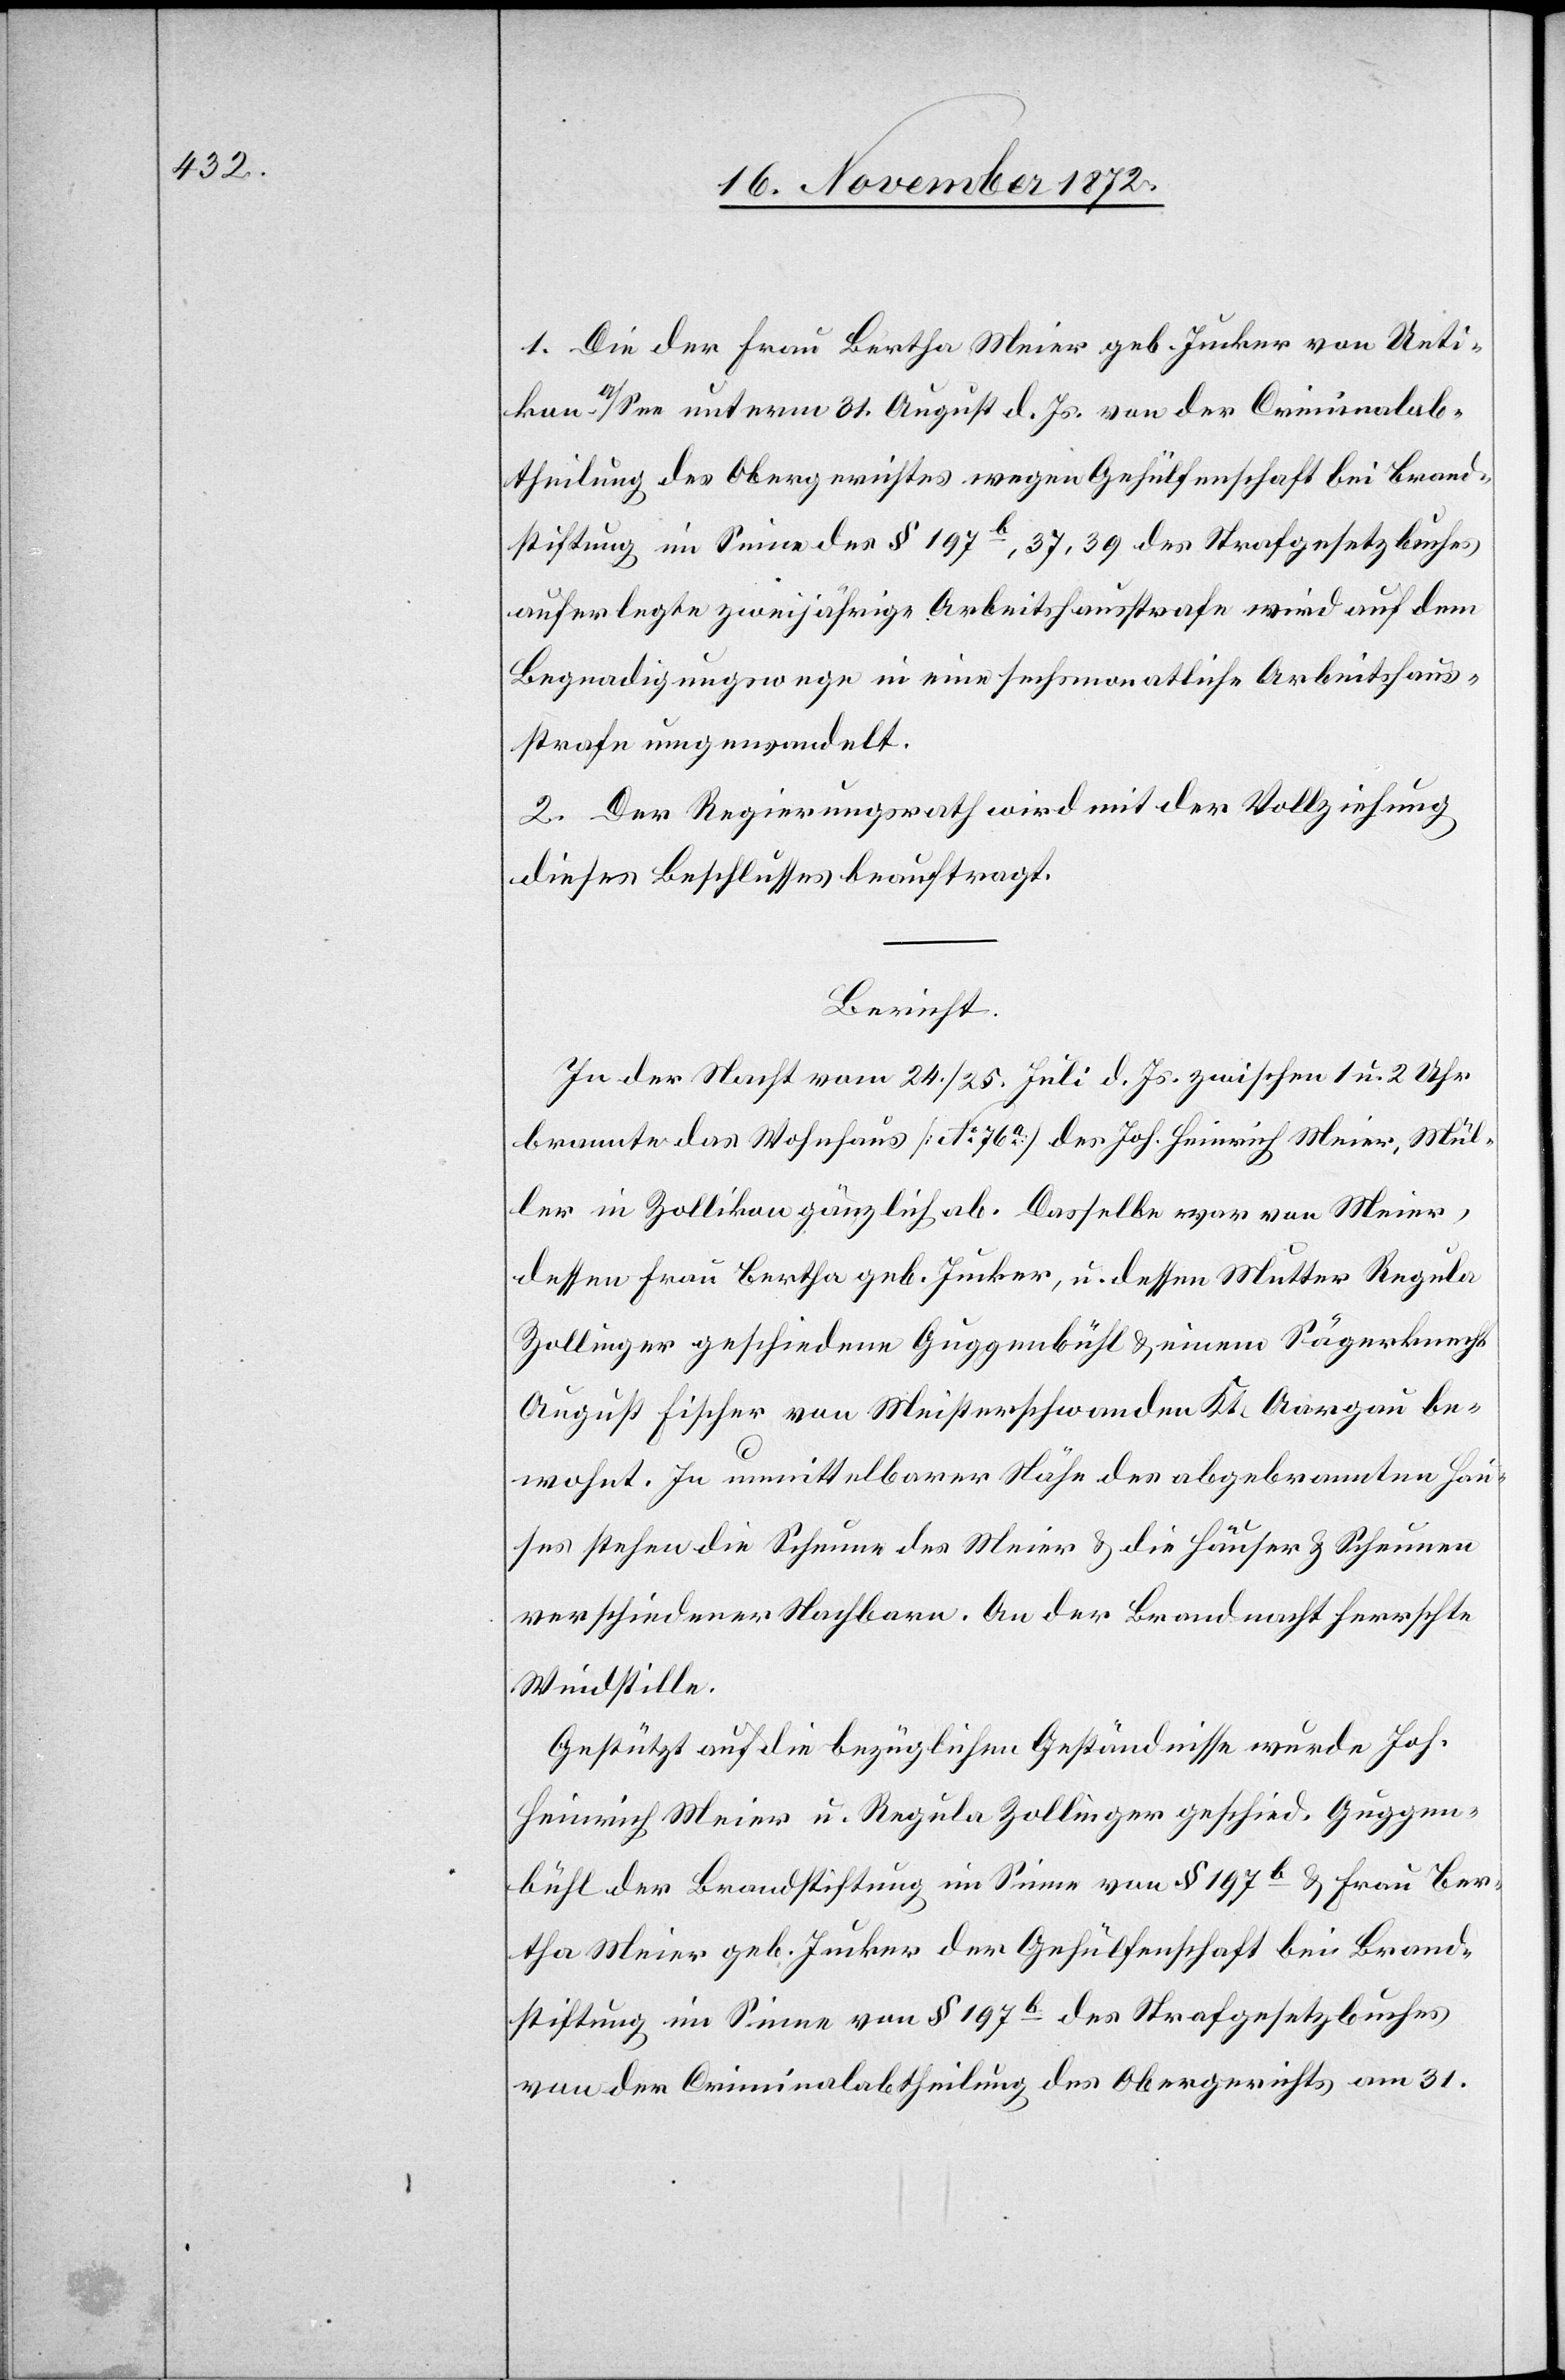
1. Die der Frau Bertha Meier geb. Jucker von Ueti¬
kon a/See unterm 31. August d. Js. von der Criminalab¬
theilung des Obergerichtes wegen Gehülfenschaft bei Brand¬
stiftung im Sinne des § 197b, 37, 39 des Strafgesetzbuches
auferlegte zweijährige Arbeitshausstrafe wird auf dem
Begnadigungswege in eine sechsmonatliche Arbeitshaus¬
strafe umgewandelt.
2. Der Regierungsrath wird mit der Vollziehung
dieses Beschlusses beauftragt.
Bericht.
In der Nacht vom 24./25. Juli d. Js. zwischen 1 u. 2 Uhr
brannte das Wohnhaus [No 76a] des Joh. Heinrich Meier, Mül¬
ler in Zollikon gänzlich ab. Dasselbe war von Meier,
dessen Frau Bertha geb. Jucker, u. dessen Mutter Regula
Zollinger geschiedene Guggenbühl u. einem Sägerknecht
August Fischer von Meisterschwanden Kt. Aargau be¬
wohnt. In unmittelbarer Nähe des abgebrannten Hau¬
ses stehen die Scheune des Meier u. die Häuser u. Scheunen
verschiedener Nachbarn. In der Brandnacht herrschte
Windstille.
Gestützt auf die bezüglichen Geständnisse wurde Joh.
Heinrich Meier u. Regula Zollinger geschied. Guggen¬
bühl der Brandstiftung im Sinne von § 197b u. Frau Ber¬
tha Meier geb. Jucker der Gehülfenschaft bei Brand¬
stiftung im Sinne von § 197b des Strafgesetzbuches
von der Criminalabtheilung des Obergerichts am 31.